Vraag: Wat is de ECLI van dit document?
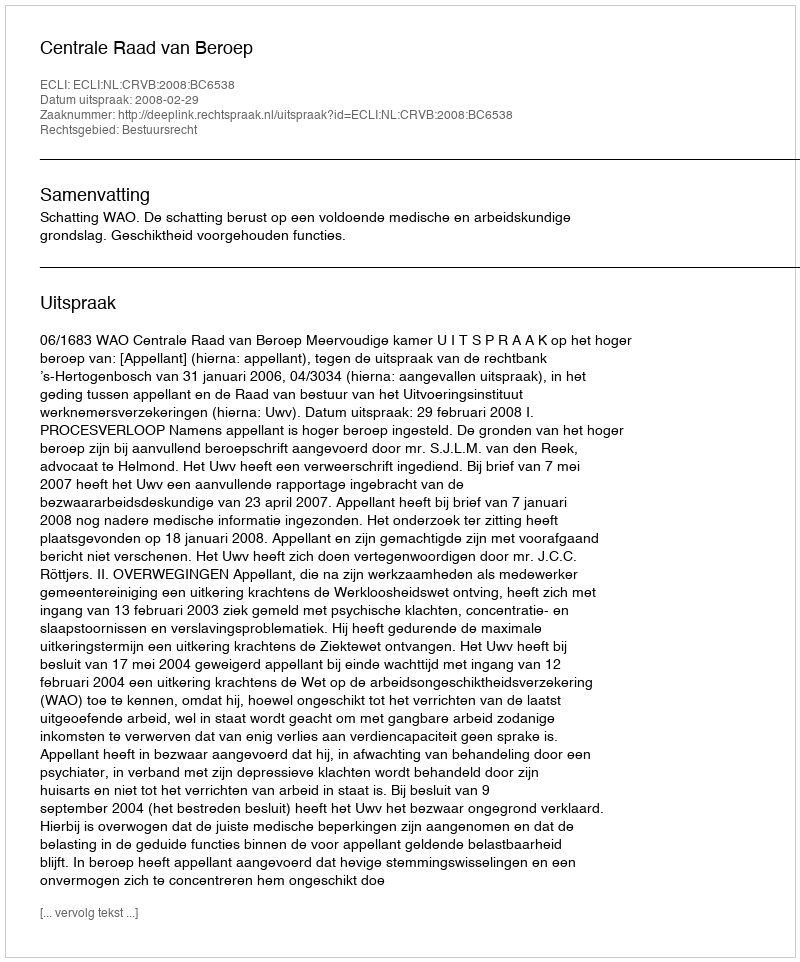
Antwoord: ECLI:NL:CRVB:2008:BC6538